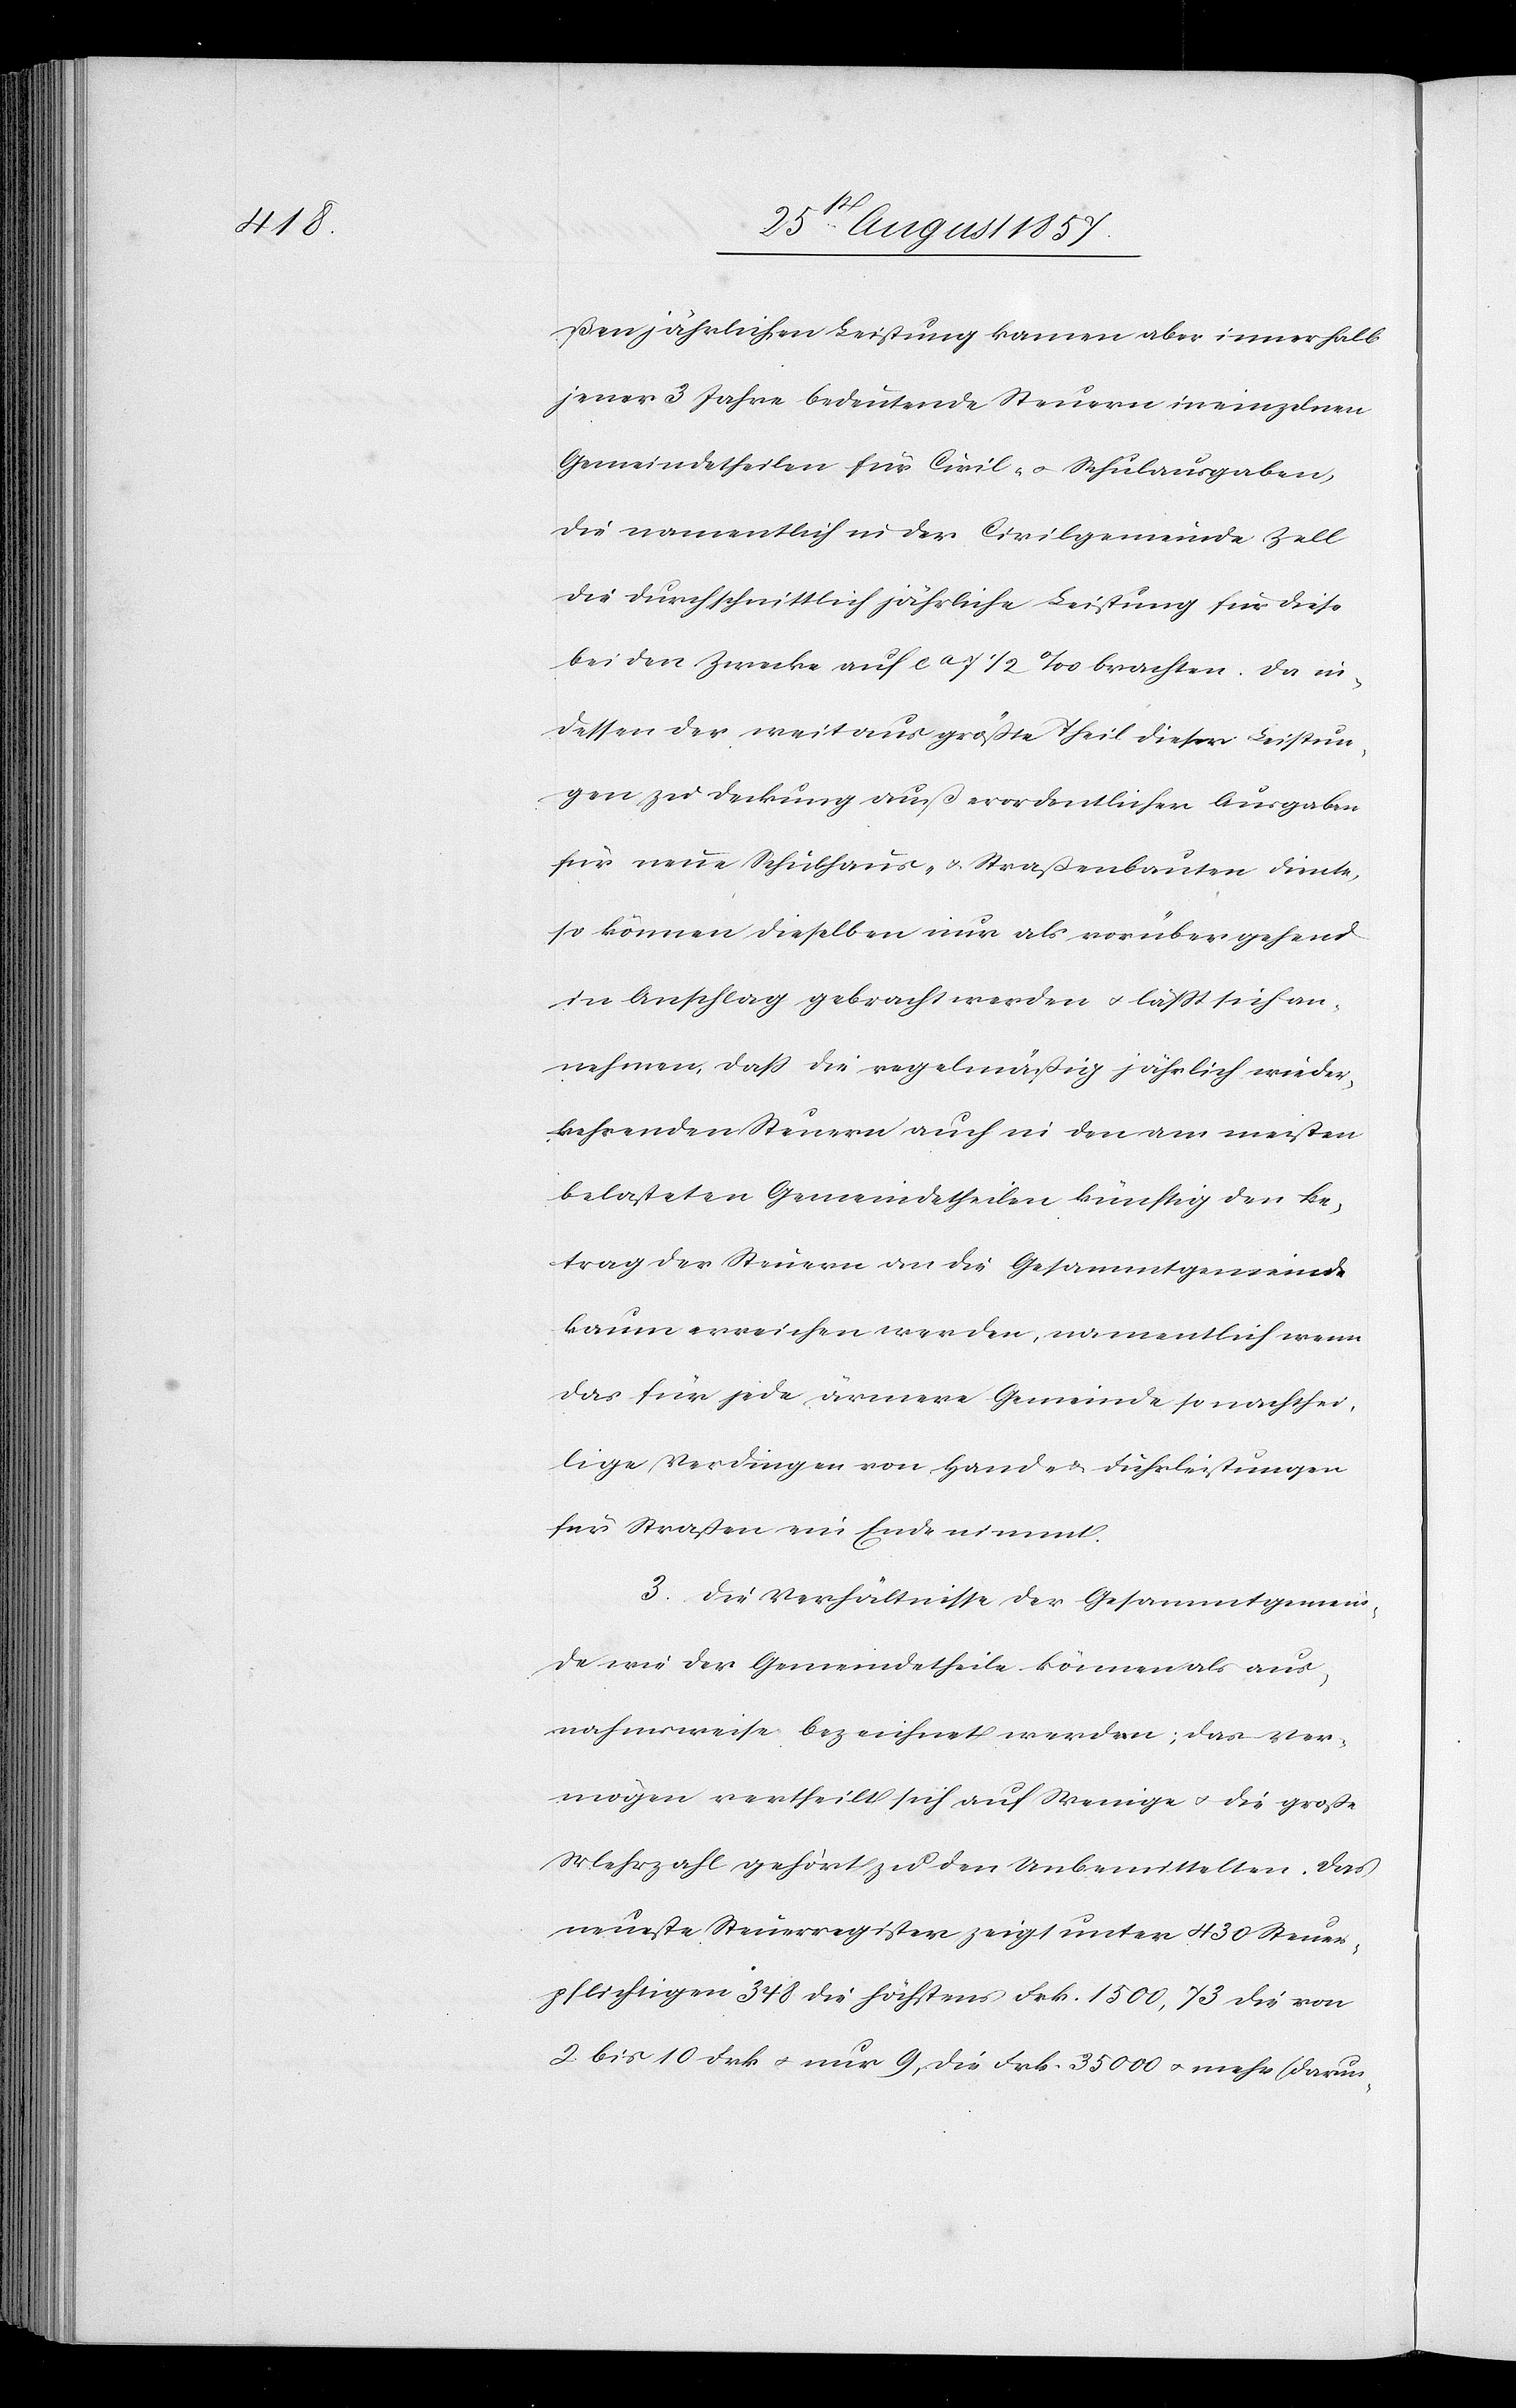
ßen jährlichen Leistung kamen aber innerhalb
jener 3 Jahre bedeutende Steuern in einzelnen
Gemeindetheilen für Civil- & Schulausgaben,
die namentlich in der Civilgemeinde Zell
die durchschnittlich jährliche Leistung für diese
bei den [sic!] Zwecke auf ca 1/2‰ brachten. Da in¬
dessen der weitaus größte Theil dieser Leistun¬
gen zu Deckung außerordentlicher Ausgaben
für neue Schulhaus- & Straßenbauten diente,
so können dieselben nur als vorübergehend
in Anschlag gebracht werden, & läßt sich an¬
nehmen, daß die regelmäßig jährlich wieder¬
kehrenden Steuern auch in den am meisten
belasteten Gemeindetheilen künftig den Er¬
trag der Steuern an die Gesammtgemeinde
kaum erreichen werden, namentlich wenn
das für jede ärmere Gemeinde so nachthei¬
lige Verdingen von Hand- & Fuhrleistungen
für Straßen ein Ende nimmt.
3. Die Verhältnisse der Gesammtgemein¬
de wie der Gemeindetheile, können als aus¬
nahmsweise bezeichnet werden; das Ver¬
mögen vertheilt sich auf Wenige & die große
Mehrzahl gehört zu den Unbemittelten. Das
neueste Steuerregister zeigt unter 430 Steuer¬
pflichtigen 348 die höchstens Frk. 1500,73 die von
2 bis 10 Frk. & nur 9, die Frk. 35 000 & mehr (darun-